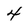
Character: 4